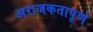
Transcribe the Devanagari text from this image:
अराजकतापूर्ण